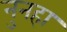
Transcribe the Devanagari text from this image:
नुनहा